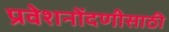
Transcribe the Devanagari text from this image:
प्रवेशनोंदणीसाठी